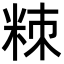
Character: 䊂